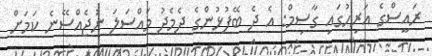
ރައީސްގެ އަރިހުގައި ގާސިމް: އެ ދެ ބޭފުޅުންގެ ދެމެދު މައްސަލަ ނުޖެއްސޭނެ ކަމަށް